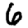
Digit: 6